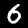
Digit: 6